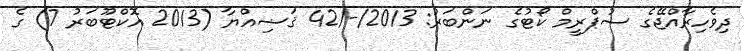
ދިވެހިރާއްޖޭގެ ސުޕްރީމް ކޯޓުގެ ނަންބަރު: 2013/-/42 ޤަޟިއްޔާ (2013 އޮކްޓޫބަރު 7) ގެ